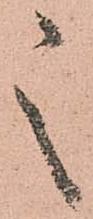
之